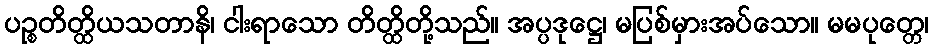
ပဉ္စတိတ္ထိယသတာနိ၊ ငါးရာသော တိတ္ထိတို့သည်။ အပ္ပဒုဋ္ဌေ၊ မပြစ်မှားအပ်သော။ မမပုတ္တေ၊